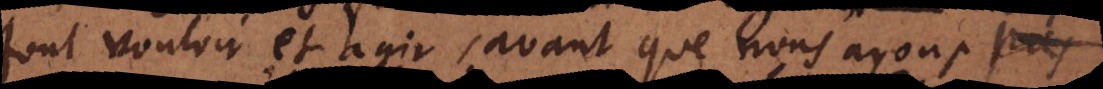
font vouloir et agir, avant que nous ayons pris